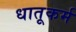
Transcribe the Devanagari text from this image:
धातूकर्म